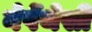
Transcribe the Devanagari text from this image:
नेपेंथेसी